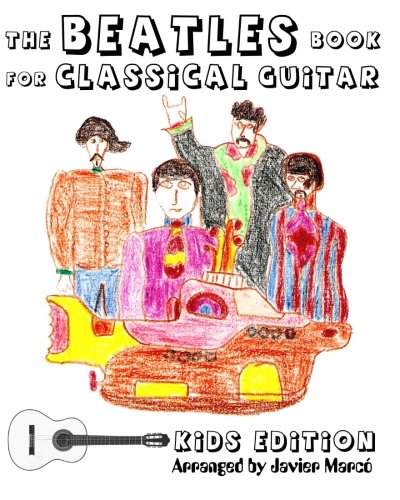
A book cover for The Beatles Book for Classical Guitar, Kids Edition: (Easy Guitar Solo, In Standard Notation and Tablature); Javier MarcÃ³; Humor & Entertainment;